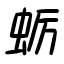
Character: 蛎